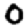
Digit: 0